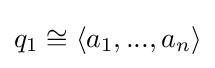
q_{1}\cong \langle a_{1},...,a_{n}\rangle